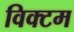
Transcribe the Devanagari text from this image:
विक्टम